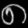
Digit: ၈